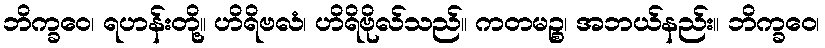
ဘိက္ခဝေ၊ ရဟန်းတို့။ ဟိရိဗလံ၊ ဟိရိဗိုလ်သည်။ ကတမဉ္စ၊ အဘယ်နည်း။ ဘိက္ခဝေ၊